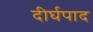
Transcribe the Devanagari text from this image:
दीर्घपाद